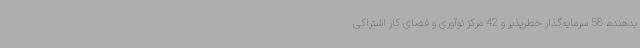
بدهنده، 58 سرمایه‌گذار خطرپذیر و 42 مرکز نوآوری و فضای کار اشتراکی